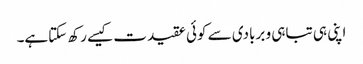
اپنی ہی تباہی و بربادی سے کوئی عقیدت کیسے رکھ سکتاہے۔